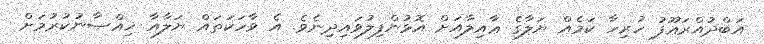
އަބްދުއްރަޢޫފު ހުރިހާ ކަމެއް ޔަލާގެ ޢާއިލާއަށް އޮޅުންފިލުވައިދިނެވެ. އެ ވާހަކަތައް ޔަލާއާ ޚިއްޞާނުކުރުމަށް